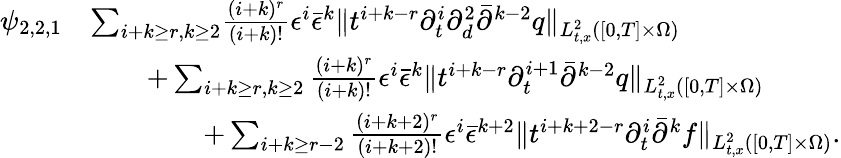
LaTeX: \begin{array}{rl}{\psi_{2,2,1}}&{\le\sum_{i+k\ge r,k\ge 2}\frac{(i+k)^{r}}{(i+k)!}\epsilon^{i}\bar{\epsilon}^{k}\| t^{i+k-r}\partial_{t}^{i}\partial_{d}^{2}\bar{\partial}^{k-2}q\| _{L_{t,x}^{2}([0,T]\times\Omega)}}\\ &{\quad\quad+\sum_{i+k\ge r,k\ge 2}\frac{(i+k)^{r}}{(i+k)!}\epsilon^{i}\bar{\epsilon}^{k}\| t^{i+k-r}\partial_{t}^{i+1}\bar{\partial}^{k-2}q\| _{L_{t,x}^{2}([0,T]\times\Omega)}}\\ &{\quad\quad\quad\quad+\sum_{i+k\ge r-2}\frac{(i+k+2)^{r}}{(i+k+2)!}\epsilon^{i}\bar{\epsilon}^{k+2}\| t^{i+k+2-r}\partial_{t}^{i}\bar{\partial}^{k}f\| _{L_{t,x}^{2}([0,T]\times\Omega)}.}\end{array}